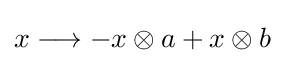
x\longrightarrow -x\otimes a+x\otimes b